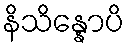
နိသိန္နောပိ